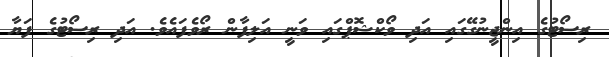
ރިސޯޓުގެ އިންޖީނުގޭގައި އަދި ވޯކްޝޮޕްގައި ވަނީ އަލިފާން ރޯވެފައެވެ. އަދި ރިސޯޓުގެ ފަޔާ